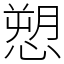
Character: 愬